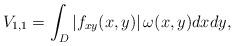
LaTeX: \begin{align*}V_{1,1} = \int_{D}\left|f_{xy}(x,y)\right|\omega(x,y)dxdy,\end{align*}